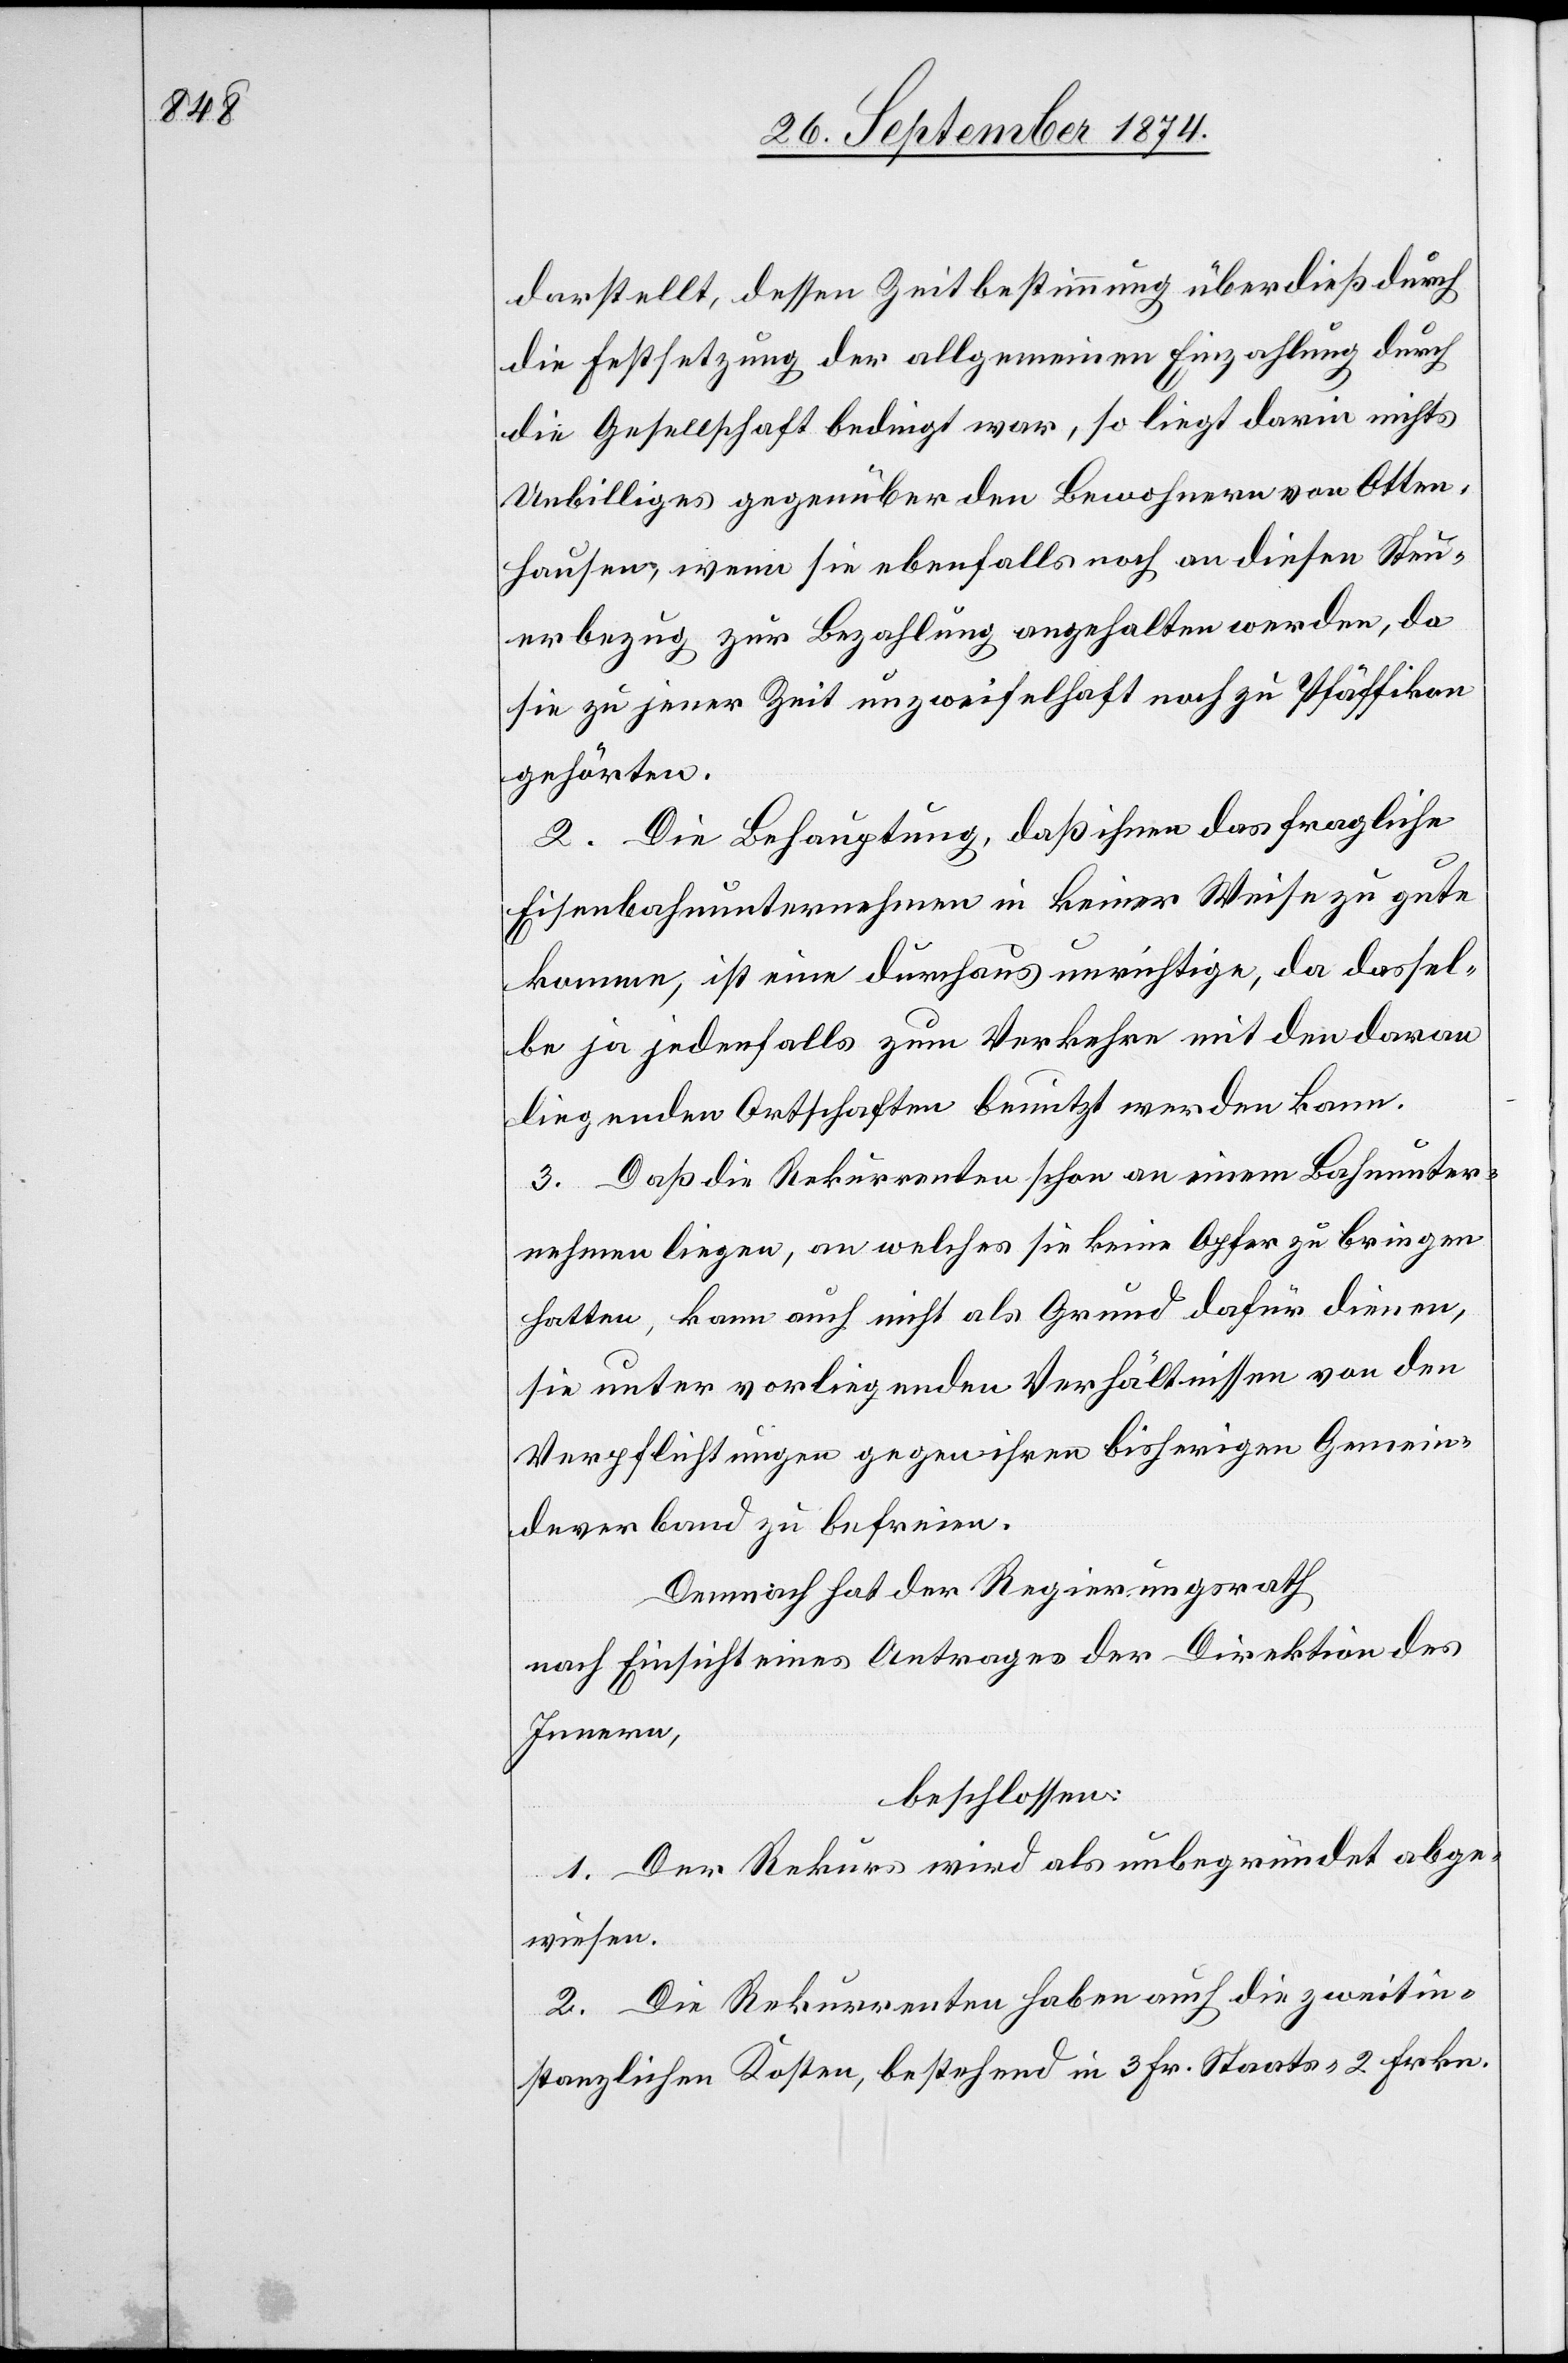
darstellt, dessen Zeitbestimmung überdieß durch
die Festsetzung der allgemeinen Einzahlung durch
die Gesellschaft bedingt war, so liegt darin nichts
Unbilliges gegenüber den Bewohnern von Otten¬
hausen, wenn sie ebenfalls noch an diesen Steu¬
erbezug zur Bezahlung angehalten werden, da
sie zu jener Zeit unzweifelhaft noch zu Pfäffikon
gehörten.
2. Die Behauptung, daß ihnen das fragliche
Eisenbahnunternehmen in keiner Weise zu gute
komme, ist eine durchaus unrichtige, da dassel¬
be ja jedenfalls zum Verkehre mit den daran
liegenden Ortschaften benutzt werden kann.
3. Daß die Rekurrenten schon an einem Bahnunter¬
nehmen liegen, an welches sie keine Opfer zu bringen
hatten, kann auch nicht als Grund dafür dienen,
sie unter vorliegenden Verhältnissen von den
Verpflichtungen gegen ihren bisherigen Gemein¬
deverband zu befreien.
Demnach hat der Regierungsrath
nach Einsicht eines Antrages der Direktion des
Innern,
beschlossen:
1. Der Rekurs wird als unbegründet abge¬
wiesen.
2. Die Rekurrenten haben auch die zweitin¬
stanzlichen Kosten, bestehend in 3 Fr. Staats- [,] 2 Frkn.